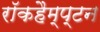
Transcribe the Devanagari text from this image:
रॉकहैम्प्टन